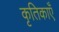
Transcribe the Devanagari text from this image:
कृतिकाएँ